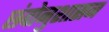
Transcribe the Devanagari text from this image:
छंदोनुशासन